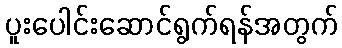
ပူးပေါင်းဆောင်ရွက်ရန်အတွက်